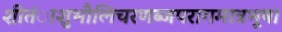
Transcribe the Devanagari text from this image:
शीतंाशुभौलिचरणब्जपरागमात्रभूषा